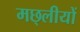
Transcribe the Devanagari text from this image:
मछ्लीयों